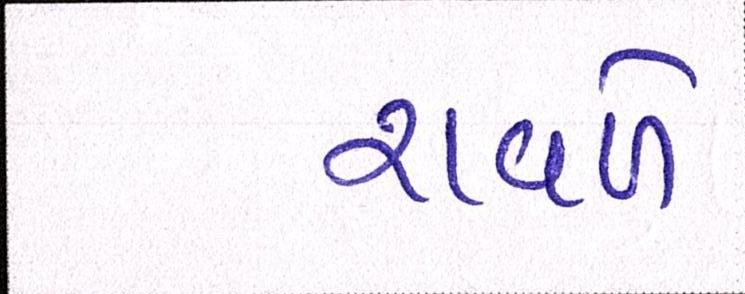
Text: રાવળે